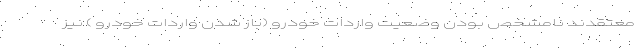
معتقدند نامشخص بودن وضعیت واردات خودرو (باز شدن واردات خودرو ) نیز